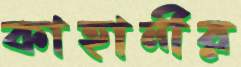
কাহানীর